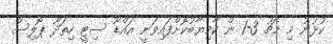
ކުޅުނު މި މެޗު 3-1 ން ކާމިޔާބުކޮށްފައިވަނީ އައްޑޫ ސިޓީ ހިތަދޫ ޕޮލިސް